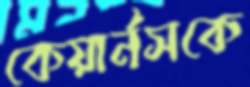
কেয়ার্নসকে